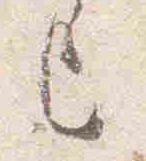
上